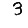
Digit: 3